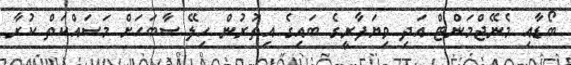
ބޯޑާއި މެނޭޖްމަންޓް އަދި ވިޔަފާރީގެ ބައިގެ އިތުރުން ހިލޭ ސާބަހަށް މަސައްކަތް ކުރާ